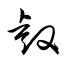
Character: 叡